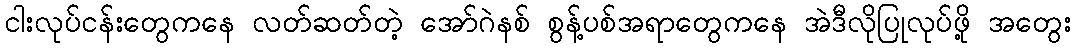
ငါးလုပ်ငန်းတွေကနေ လတ်ဆတ်တဲ့ အော်ဂဲနစ် စွန့်ပစ်အရာတွေကနေ အဲဒီလိုပြုလုပ်ဖို့ အတွေး